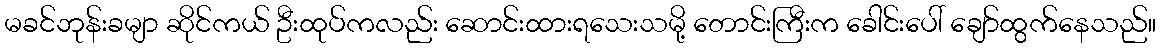
မခင်ဘုန်းခမျာ ဆိုင်ကယ် ဦးထုပ်ကလည်း ဆောင်းထားရသေးသမို့ တောင်းကြီးက ခေါင်းပေါ် ချော်ထွက်နေသည်။